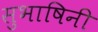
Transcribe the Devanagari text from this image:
सुभाषिनी